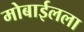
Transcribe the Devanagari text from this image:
मोबाईलला